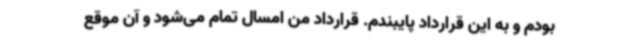
بودم و به این قرارداد پایبندم. قرارداد من امسال تمام می‌شود و آن موقع